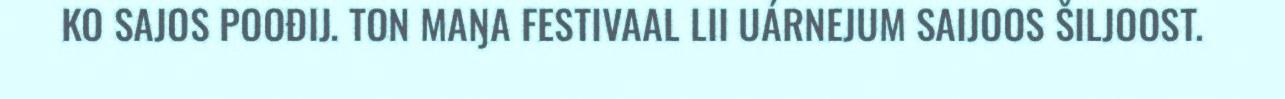
KO SAJOS POOĐIJ. TON MAŊA FESTIVAAL LII UÁRNEJUM SAIJOOS ŠILJOOST.